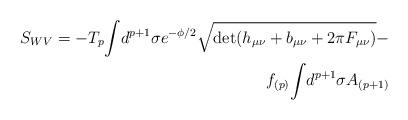
LaTeX: \begin{align*}S_{WV} = -T_p {\int} d^{p+1} \sigma e^{- {\phi}/2} \sqrt{\det (h_{\mu \nu} + b_{\mu \nu} + 2 \pi F_{\mu \nu})} - \\f_{(p)} {\int} d^{p+1} \sigma A_{(p+1)}\end{align*}